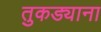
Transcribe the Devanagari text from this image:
तुकड्याना